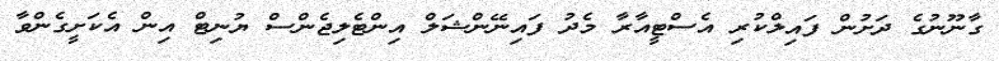
ގާނޫނުގެ ދަށުން ފައިލްކުރި އެސްޓީއާރާ މެދު ފައިނޭންޝަލް އިންޓެލިޖެންސް ޔުނިޓް އިން އެކަށީގެންވާ